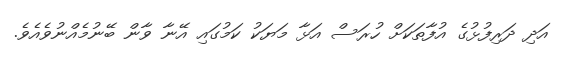
އަދި ދަރިފުޅުގެ އުފާތަކަށް ހުރަސް އަޅާ މަޔަކު ކަމުގައި އޭނާ ވާން ބޭނުމެއްނުވެއެވެ.